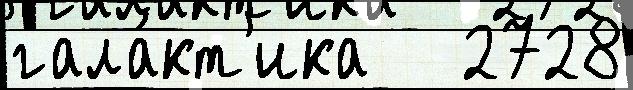
гала́кт'ика   2728